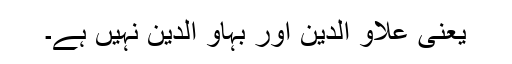
یعنی علاو الدین اور بہاو الدین نہیں ہے۔